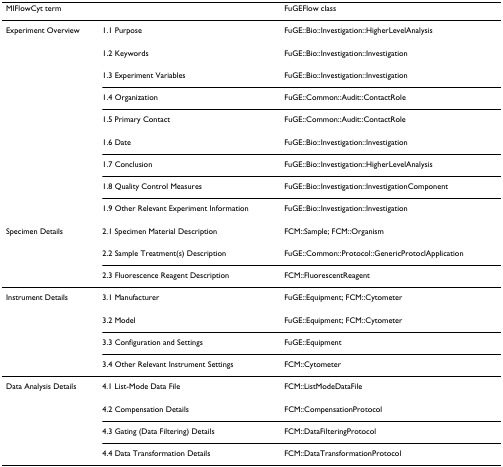
<table><thead><tr><td><b>MIFlowCyt term</b></td><td></td><td><b>FuGEFlow class</b></td></tr></thead><tbody><tr><td>Experiment Overview</td><td>1.1 Purpose</td><td>FuGE::Bio::Investigation::HigherLevelAnalysis</td></tr><tr><td></td><td>1.2 Keywords</td><td>FuGE::Bio::Investigation::Investigation</td></tr><tr><td></td><td>1.3 Experiment Variables</td><td>FuGE::Bio::Investigation::Investigation</td></tr><tr><td></td><td>1.4 Organization</td><td>FuGE::Common::Audit::ContactRole</td></tr><tr><td></td><td>1.5 Primary Contact</td><td>FuGE::Common::Audit::ContactRole</td></tr><tr><td></td><td>1.6 Date</td><td>FuGE::Bio::Investigation::Investigation</td></tr><tr><td></td><td>1.7 Conclusion</td><td>FuGE::Bio::Investigation::HigherLevelAnalysis</td></tr><tr><td></td><td>1.8 Quality Control Measures</td><td>FuGE::Bio::Investigation::InvestigationComponent</td></tr><tr><td></td><td>1.9 Other Relevant Experiment Information</td><td>FuGE::Bio::Investigation::Investigation</td></tr><tr><td>Specimen Details</td><td>2.1 Specimen Material Description</td><td>FCM::Sample; FCM::Organism</td></tr><tr><td></td><td>2.2 Sample Treatment(s) Description</td><td>FuGE::Common::Protocol::GenericProtoclApplication</td></tr><tr><td></td><td>2.3 Fluorescence Reagent Description</td><td>FCM::FluorescentReagent</td></tr><tr><td>Instrument Details</td><td>3.1 Manufacturer</td><td>FuGE::Equipment; FCM::Cytometer</td></tr><tr><td></td><td>3.2 Model</td><td>FuGE::Equipment; FCM::Cytometer</td></tr><tr><td></td><td>3.3 Configuration and Settings</td><td>FuGE::Equipment</td></tr><tr><td></td><td>3.4 Other Relevant Instrument Settings</td><td>FCM::Cytometer</td></tr><tr><td>Data Analysis Details</td><td>4.1 List-Mode Data File</td><td>FCM::ListModeDataFile</td></tr><tr><td></td><td>4.2 Compensation Details</td><td>FCM::CompensationProtocol</td></tr><tr><td></td><td>4.3 Gating (Data Filtering) Details</td><td>FCM::DataFilteringProtocol</td></tr><tr><td></td><td>4.4 Data Transformation Details</td><td>FCM::DataTransformationProtocol</td></tr></tbody></table>